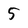
Character: 5